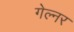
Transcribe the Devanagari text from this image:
गेल्नर